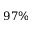
9 7 \%